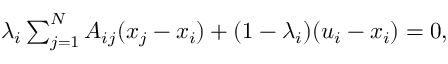
\begin{array} { r } { \lambda _ { i } \sum _ { j = 1 } ^ { N } A _ { i j } ( x _ { j } - x _ { i } ) + ( 1 - \lambda _ { i } ) ( u _ { i } - x _ { i } ) = 0 , } \end{array}